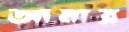
আমার